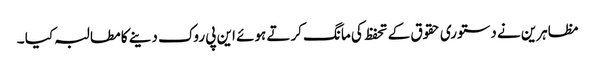
مظاہرین نے دستوری حقوق کے تحفظ کی مانگ کرتے ہوئے این پی روک دینے کا مطالبہ کیا ۔